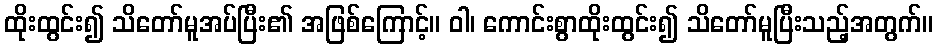
ထိုးထွင်း၍ သိတော်မူအပ်ပြီး၏ အဖြစ်ကြောင့်။ ဝါ၊ ကောင်းစွာထိုးထွင်း၍ သိတော်မူပြီးသည့်အတွက်။